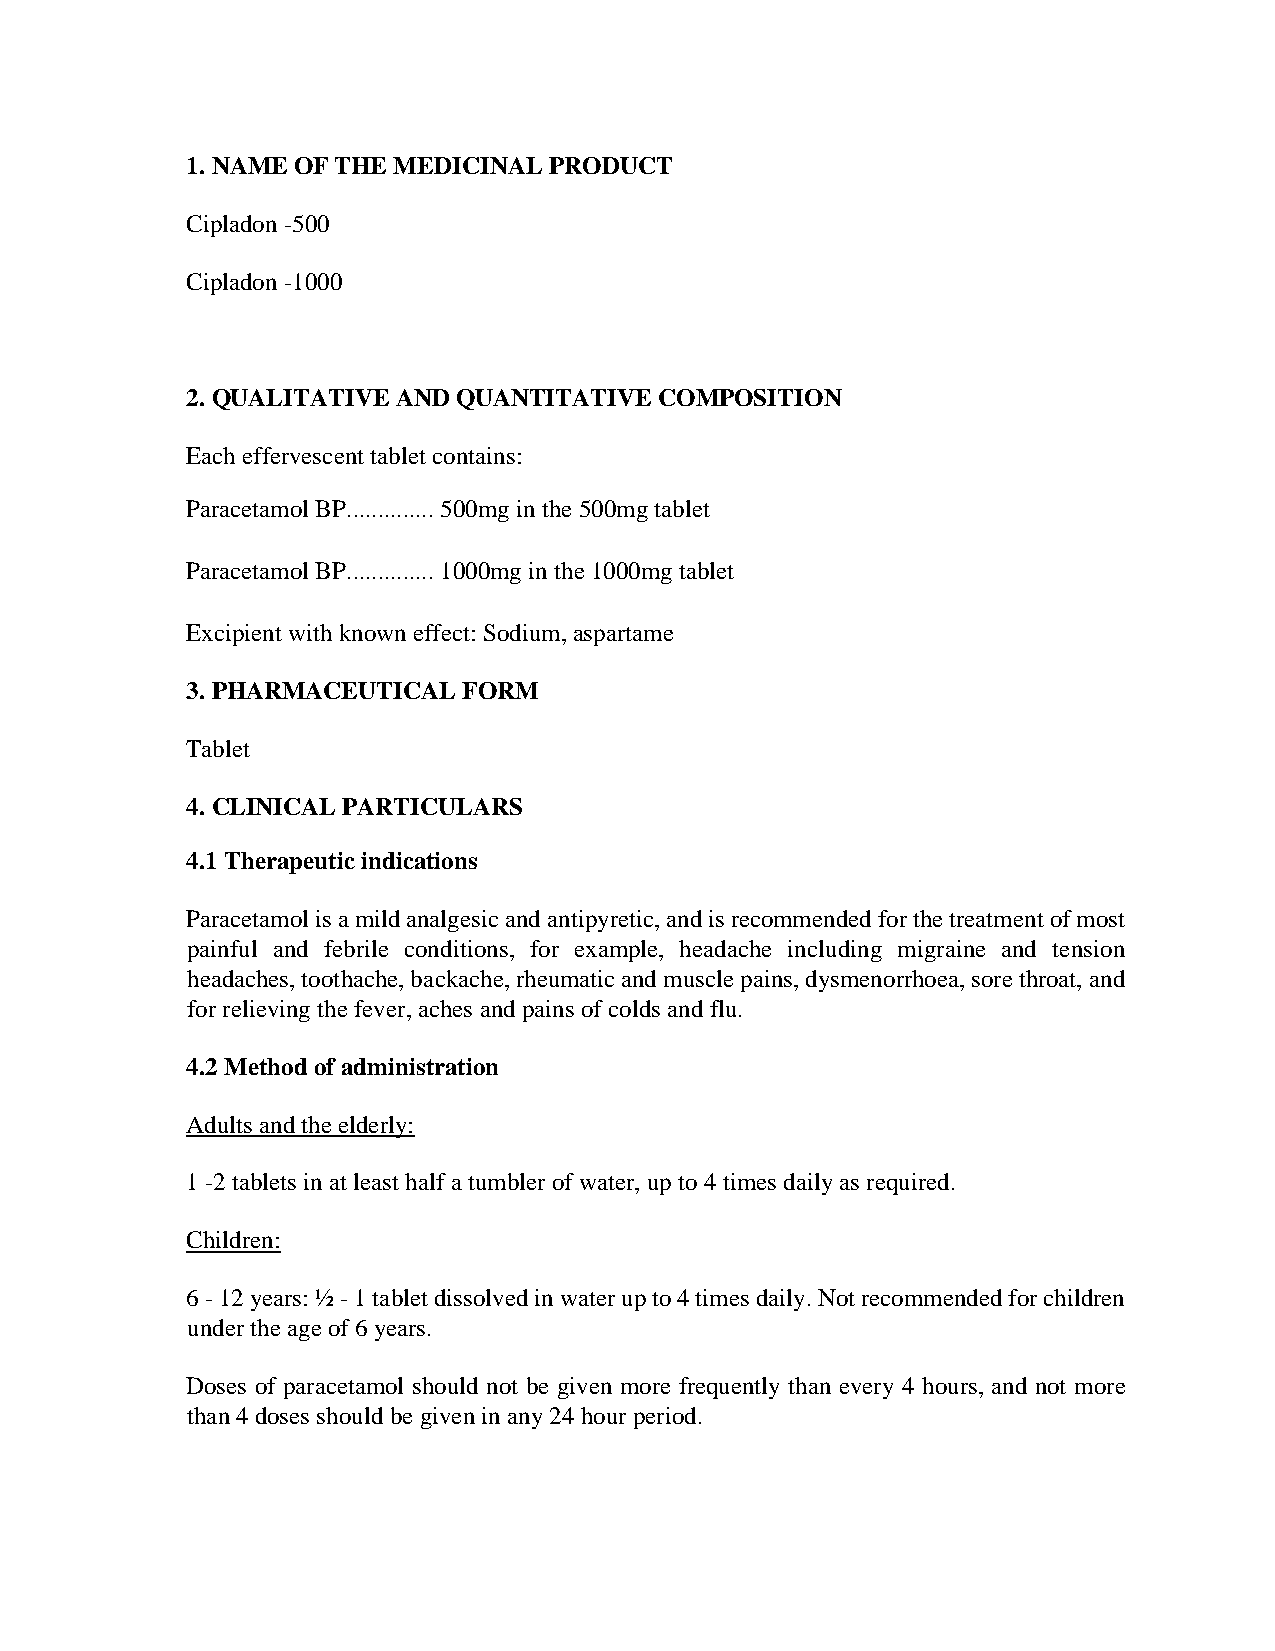
1. NAME OF THE MEDICINAL PRODUCT
 Cipladon -500
 Cipladon -1000
 2. QUALITATIVE AND QUANTITATIVE COMPOSITION
 Each effervescent tablet contains:
 Paracetamol BP.............. 500mg in the 500mg tablet
 Paracetamol BP.............. 1000mg in the 1000mg tablet
 Excipient with known effect: Sodium, aspartame
 3. PHARMACEUTICAL  FORM
 Tablet
 4. CLINICAL PARTICULARS
 4.1 Therapeutic indications
 Paracetamol is a mild analgesic and antipyretic, and is recommended for the treatment of most
 painful and febrile conditions, for example, headache including migraine and tension
 headaches, toothache, backache, rheumatic and muscle pains, dysmenorrhoea, sore throat, and
 for relieving the fever, aches and pains of colds and flu.
 4.2 Method of administration
 Adults and the elderly:
 1 -2 tablets in at least half a tumbler of water, up to 4 times daily as required.
 Children:
 6 - 12 years: ½ - 1 tablet dissolved in water up to 4 times daily. Not recommended for children
 under the age of 6 years.
 Doses of paracetamol should not be given more frequently than every 4 hours, and not more
 than 4 doses should be given in any 24 hour period.